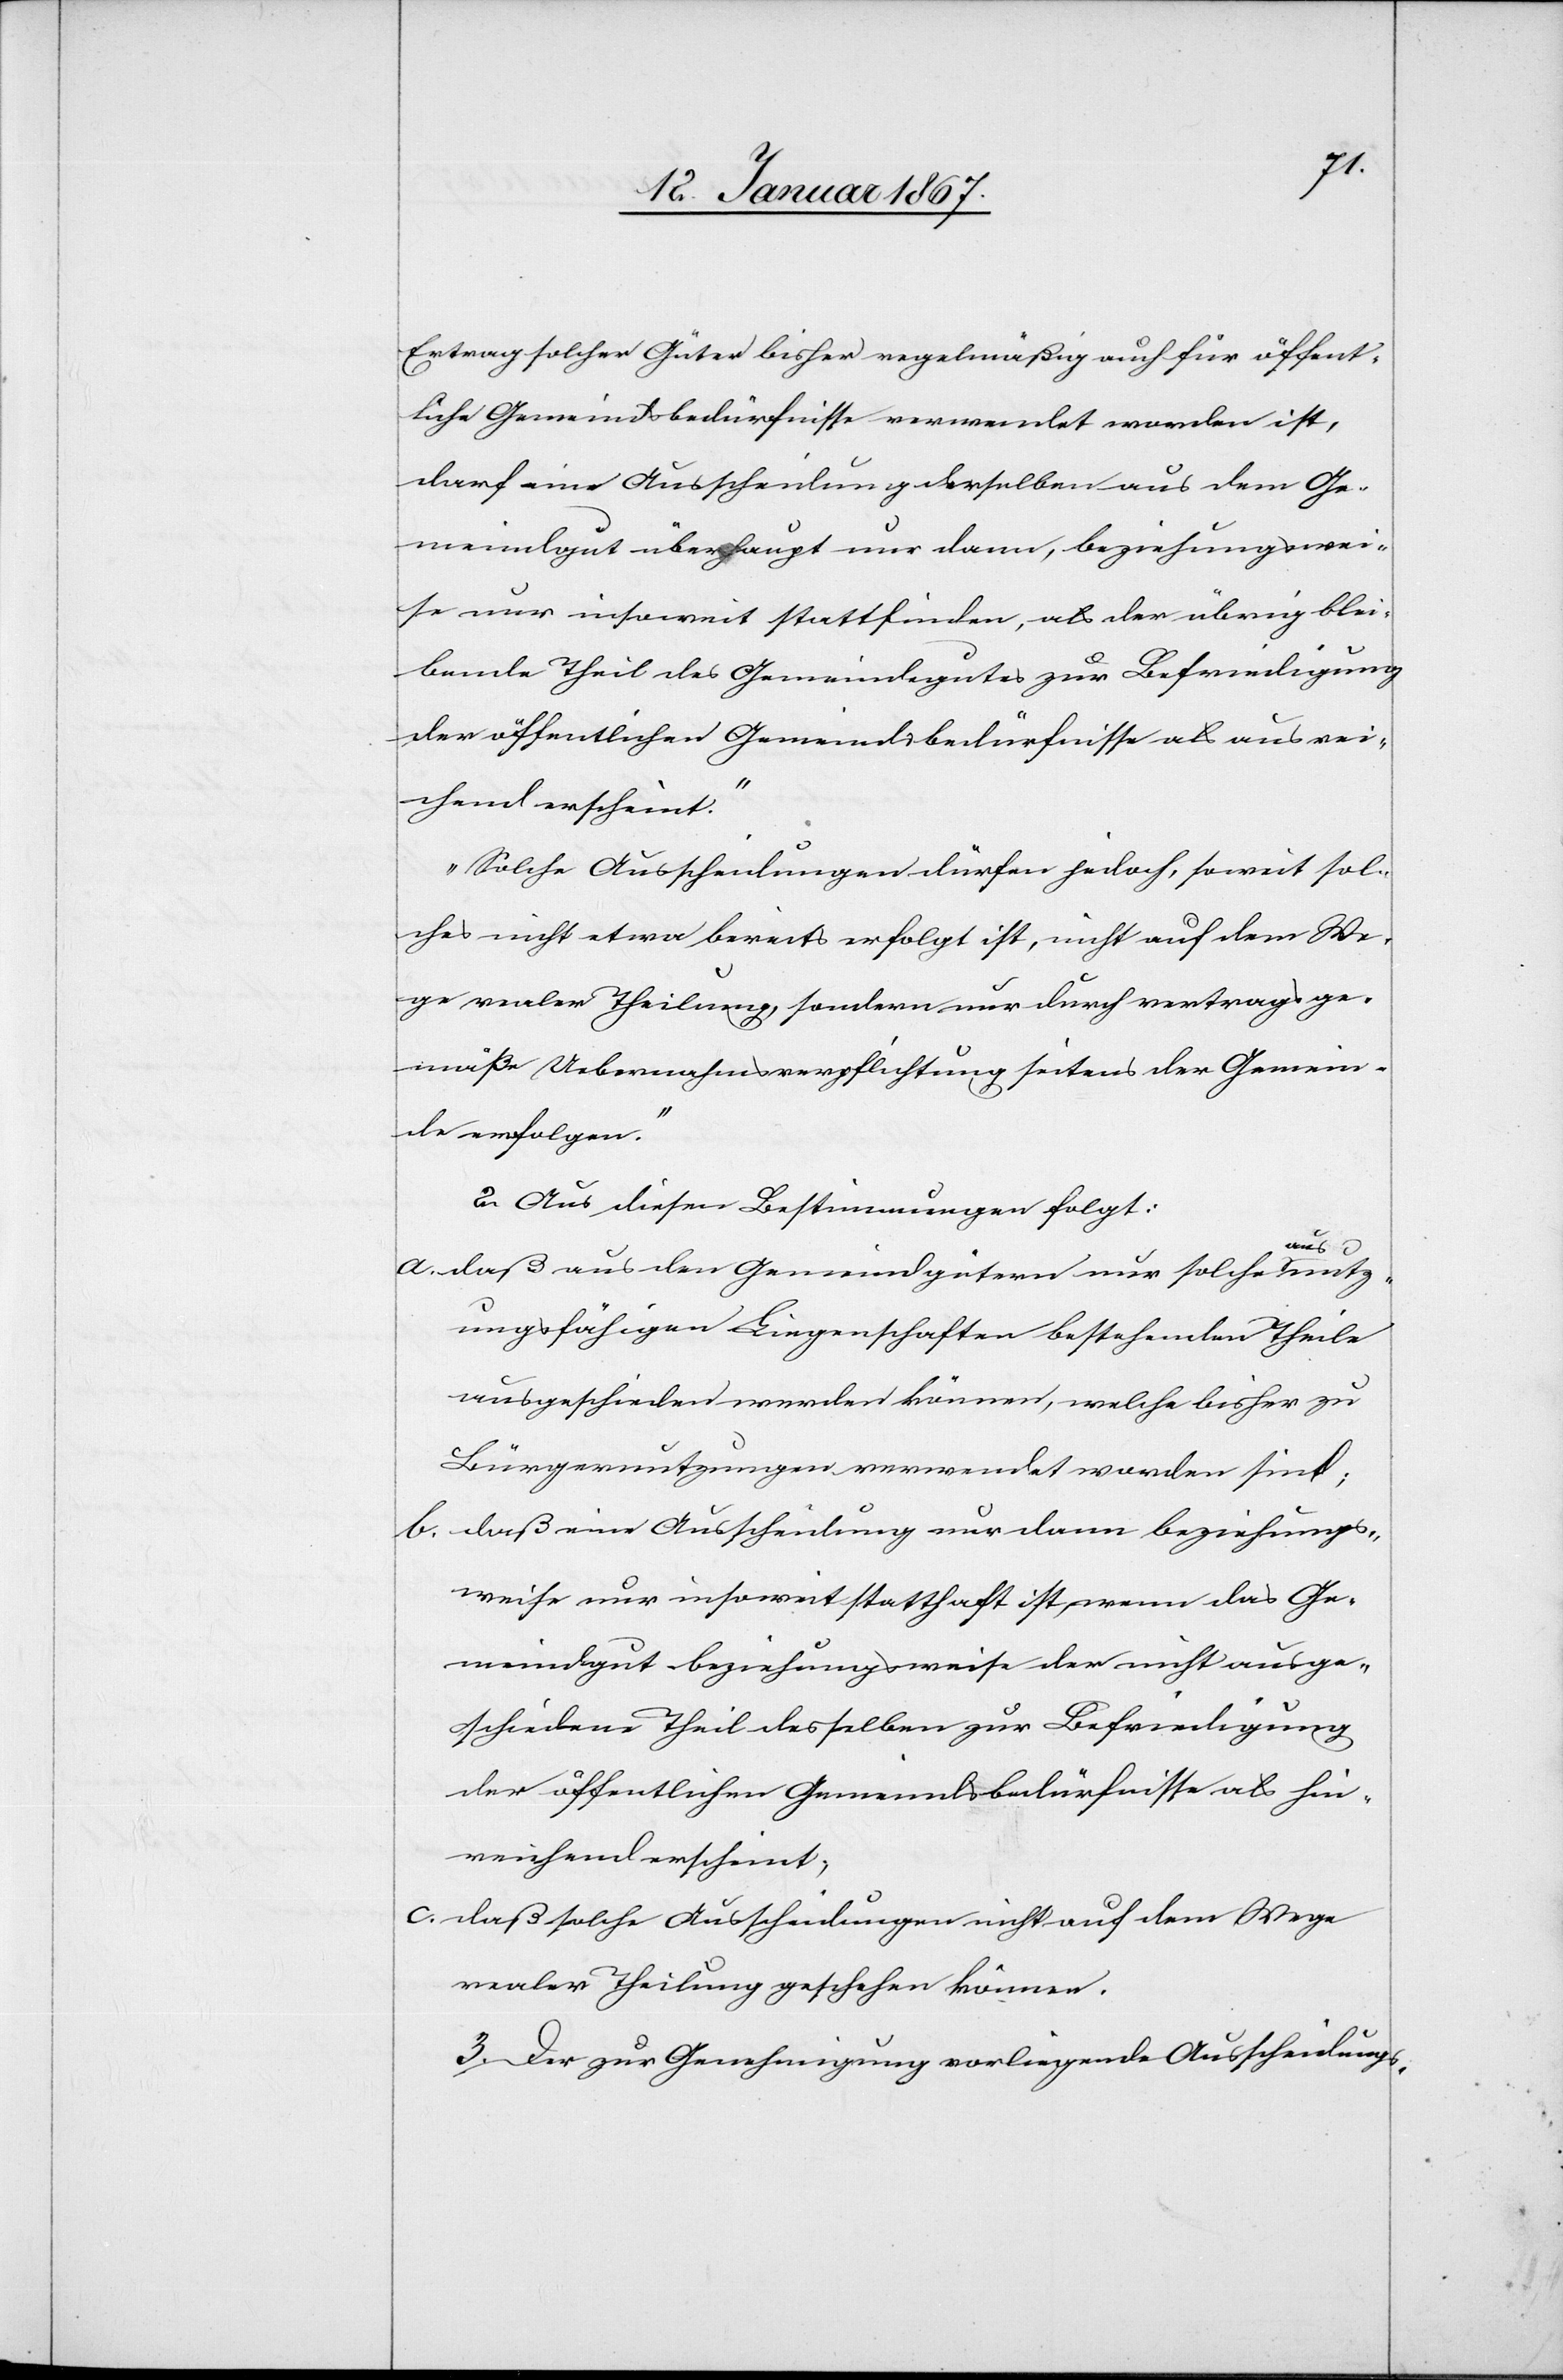
Ertrag solcher Güter bisher regelmäßig auch für öffent¬
liche Gemeindsbedürfnisse verwendet worden ist,
darf eine Ausscheidung derselben aus dem Ge¬
meindgut überhaupt nur dann, beziehungswei¬
se nur insoweit stattfinden, als der übrig blei¬
bende Theil des Gemeindegutes zur Befriedigung
der öffentlichen Gemeindsbedürfnisse als ausrei¬
chend erscheint.“
„Solche Ausscheidungen dürfen jedoch, soweit sol¬
ches nicht etwa bereits erfolgt ist, nicht auf dem We¬
ge realer Theilung, sondern nur durch vertragsge¬
mäße Uebernahmsverpflichtung seitens der Gemein¬
de erfolgen.“
2. Aus diesen Bestimmungen folgt:
a. daß aus den Gemeindgütern nur solche aus nutz¬
ungsfähigen Liegenschaften bestehenden Theile
ausgeschieden werden können, welche bisher zu
Bürgernutzungen verwendet worden sind;
b. daß eine Ausscheidung nur dann beziehungs¬
weise nur insoweit statthaft ist, wenn das Ge¬
meindgut beziehungsweise der nicht ausge¬
schiedene Theil desselben zur 	Befriedigung
der öffentlichen Gemeindsbedürfnisse als hin¬
reichend erscheint;
c. daß solche Ausscheidungen nicht auf dem Wege
realer Theilung geschehen können.
3. Der zur Genehmigung vorliegende Ausscheidungs-